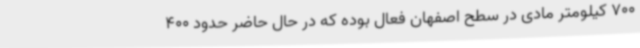
700 کیلومتر مادی در سطح اصفهان فعال بوده که در حال حاضر حدود 400